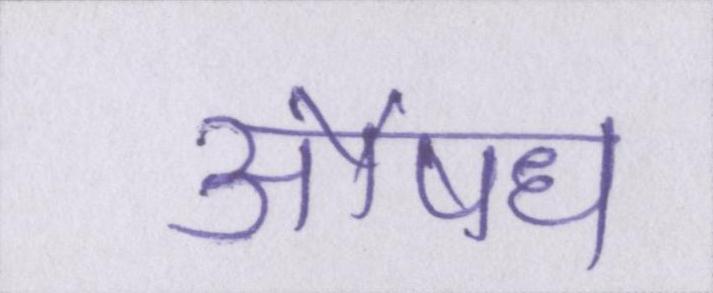
औषध